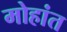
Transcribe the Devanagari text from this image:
मोहांत